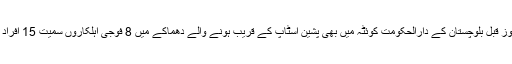
واضح رہے 3 روز قبل بلوچستان کے دارالحکومت کوئٹہ میں بھی پشین اسٹاپ کے قریب ہونے والے دھماکے میں 8 فوجی اہلکاروں سمیت 15 افراد شہید ہوئے تھے۔